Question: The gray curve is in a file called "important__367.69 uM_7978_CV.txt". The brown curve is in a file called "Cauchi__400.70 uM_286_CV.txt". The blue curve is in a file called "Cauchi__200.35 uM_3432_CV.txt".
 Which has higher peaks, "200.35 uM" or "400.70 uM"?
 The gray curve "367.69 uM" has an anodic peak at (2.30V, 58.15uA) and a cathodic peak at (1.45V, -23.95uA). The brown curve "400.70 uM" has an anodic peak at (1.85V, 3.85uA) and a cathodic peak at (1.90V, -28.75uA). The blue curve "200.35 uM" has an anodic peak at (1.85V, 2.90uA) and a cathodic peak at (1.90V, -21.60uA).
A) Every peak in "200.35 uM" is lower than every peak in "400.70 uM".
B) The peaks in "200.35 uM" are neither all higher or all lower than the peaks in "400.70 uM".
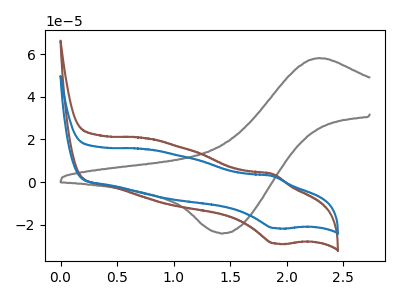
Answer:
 <answer>A) Every peak in "200.35 uM" is lower than every peak in "400.70 uM".</answer>
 <eval>A</eval>